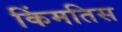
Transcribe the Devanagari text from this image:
किंमतिस